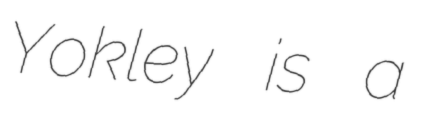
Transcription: Yokley is a